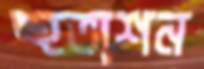
হুতাশন